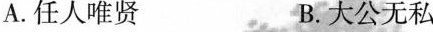
A.任人唯贤 B.大公无私